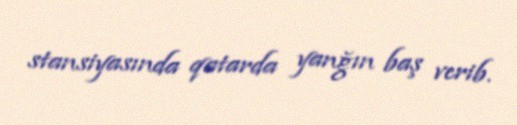
stansiyasında qatarda yanğın baş verib.